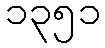
၁၃၅၁